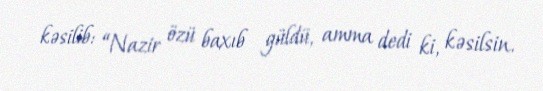
kəsilib: “Nazir özü baxıb güldü, amma dedi ki, kəsilsin.